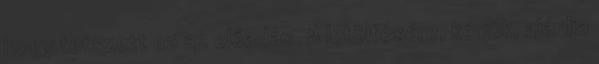
hogy tetszett ez az előadás. A letöltésére, kérjük, ajánlja